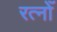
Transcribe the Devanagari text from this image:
रत्नोँ